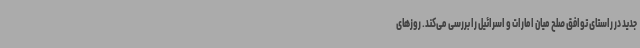
جدید در راستای توافق صلح میان امارات و اسرائیل را بررسی می‌کند. روزهای